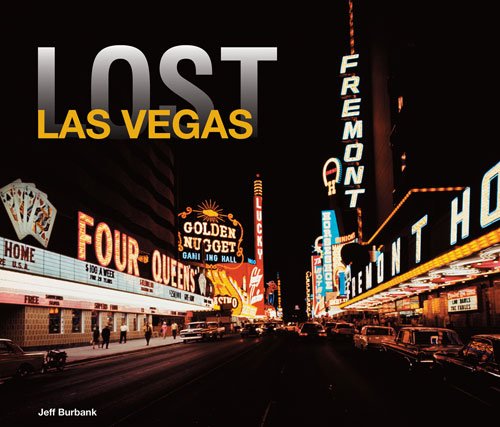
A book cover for Lost Las Vegas; Jeff Burbank; Arts & Photography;